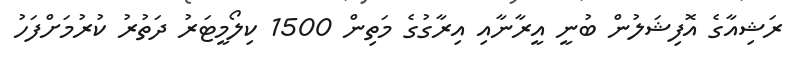
ރަޝިއާގެ އޮފިޝަލުން ބުނީ އީރާނާއި އިރާގުގެ މަތިން 1500 ކިލޯމީޓަރު ދަތުރު ކުރުމަށްފަހު